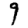
Digit: 9